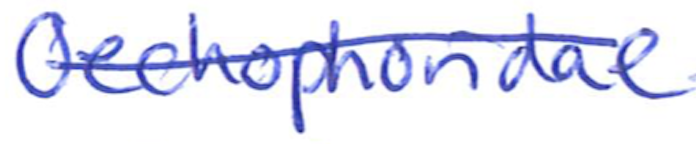
Text: Oechophoridae
Cross-out: mix
Writing tool: ballpoint